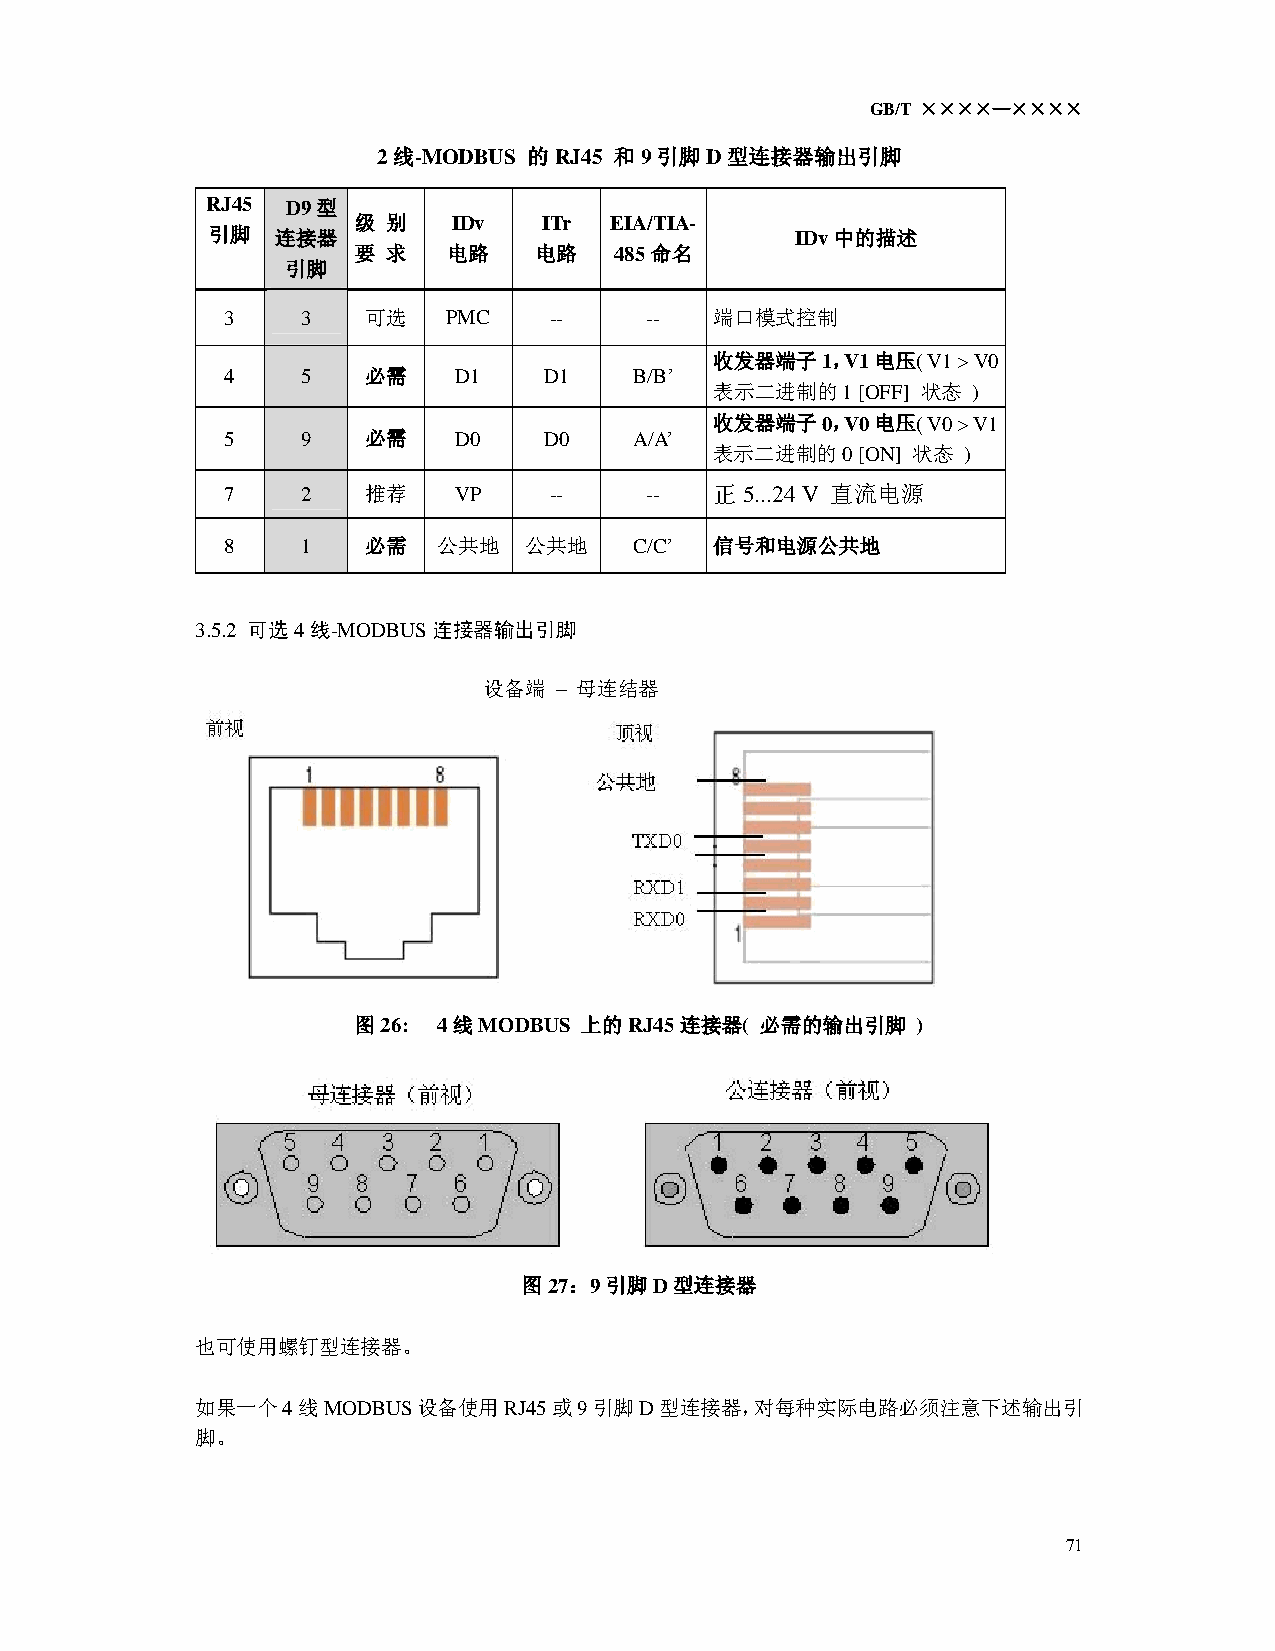
GB/T ××××—××××
 2线-MODBUS 的RJ45 和9引脚D型连接器输出引脚
 RJ45 D9 型
 级  别   IDv   ITr EIA/TIA-
 引脚  连接器                                IDv中的描述
 要  求   电路   电路    485命名
 引脚
 3    3   可选    PMC   --     --  端口模式控制
 收发器端子1，V1电压(  V1 > V0
 4    5   必需    D1    D1    B/B’
 表示二进制的1   [OFF] 状态 )
 收发器端子0，V0电压(  V0 > V1
 5    9   必需    D0    D0    A/A’
 表示二进制的0   [ON] 状态 )
 7    2   推荐    VP    --     --  正5...24 V 直流电源
 8    1   必需   公共地   公共地    C/C’ 信号和电源公共地
 3.5.2 可选4线-MODBUS连接器输出引脚
 设备端  – 母连结器
 图26:  4线MODBUS 上的RJ45连接器(  必需的输出引脚    )
 图27：9引脚D型连接器
 也可使用螺钉型连接器。
 如果一个4线MODBUS设备使用RJ45或9引脚D型连接器，对每种实际电路必须注意下述输出引
 脚。
 71